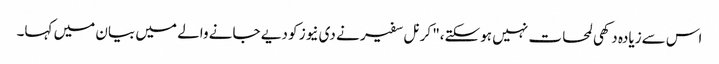
اس سےزیادہ دکھی لمحات نہیں ہوسکتے،" کرنل سفیر نے دی نیوز کو دیے جانے والے میں بیان میں کہا۔